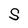
Character: S